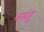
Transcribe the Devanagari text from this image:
वसंतु